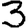
Digit: 3